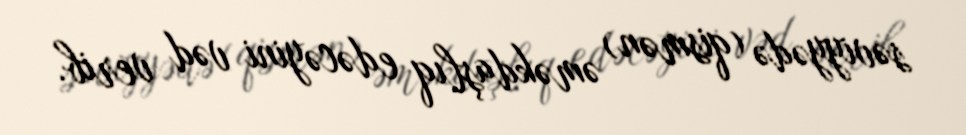
səviyyədə (qismən) əməkdaşlıq edəcəyini vəd verib.